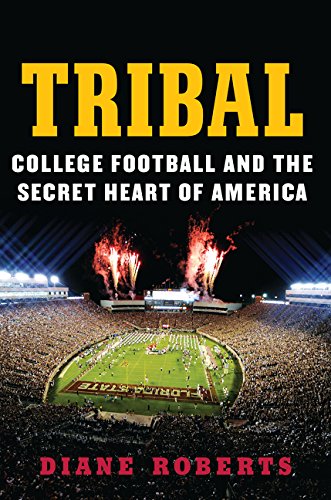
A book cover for Tribal: College Football and the Secret Heart of America; Diane Roberts; Biographies & Memoirs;